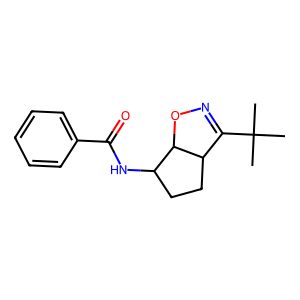
SMILES: CC(C)(C)C1=NOC2C(NC(=O)c3ccccc3)CCC12
Inhibits HIV replication: No